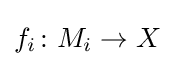
f_{i}\colon M_{i}\rightarrow X